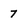
Character: 7